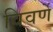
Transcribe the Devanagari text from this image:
विवर्णे